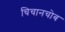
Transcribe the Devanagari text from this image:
चिचानचोब